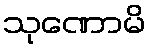
သုဏောမိ